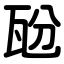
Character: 瓰